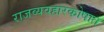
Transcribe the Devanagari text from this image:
राजव्यवहारकोषात